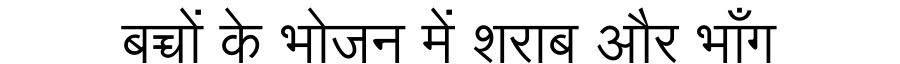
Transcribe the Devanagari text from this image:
बच्चों के भोजन में शराब और भाँग